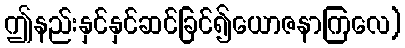
ဤနည်းနှင်နှင်ဆင်ခြင်၍ယောဇနာကြလေ)